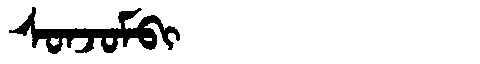
Manchu: ᠰᠣᠨᠵᠣᠮᠪᡳ
Romanization: SONJOMBI